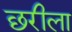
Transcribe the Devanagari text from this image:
छरीला